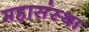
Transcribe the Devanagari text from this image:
महासंस्था